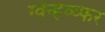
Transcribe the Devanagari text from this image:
ग्वेन्हव्य्फर